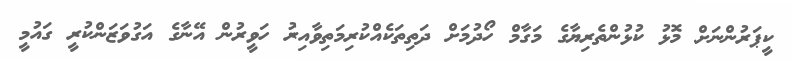
ކީޕަރުންނަށް މޮޅު ކުޅުންތެރިޔާގެ މަގާމް ހޯދުމަށް ދަތިތަކެއްކުރިމަތިވާއިރު ހަވީރުން އޭނާގެ އަގުވަޒަންކުރީ ގައުމީ